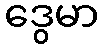
ဒွေမာ